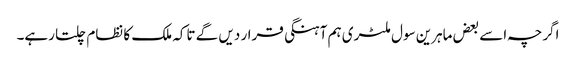
اگرچہ اسے بعض ماہرین سول ملٹری ہم آہنگی قرار دیں گے تاکہ ملک کا نظام چلتا رہے۔